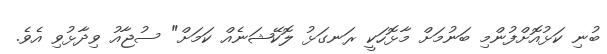
ބުނި ކަޅުއޮށްފުންމި ބަނުމަށް މާޅޮހަކީ ރަނގަޅު ލޮކޭޝަނެއް ކަމަށް" ސުޖާއު ވިދާޅުވި އެވެ.